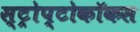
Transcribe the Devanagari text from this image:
स्ट्रोप्टोकॉकस